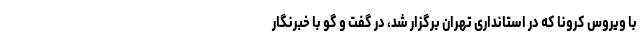
با ویروس کرونا که در استانداری تهران برگزار شد، در گفت و گو با خبرنگار